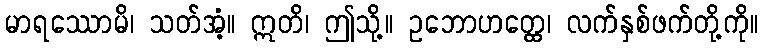
မာရဿောမိ၊ သတ်အံ့။ ဣတိ၊ ဤသို့။ ဥဘောဟတ္ထေ၊ လက်နှစ်ဖက်တို့ကို။